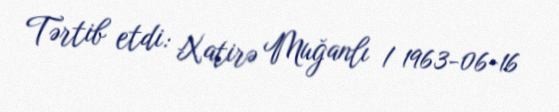
Tərtib etdi: Xatirə Muğanlı / 1963-06-16